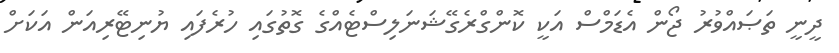
ދީނީ ތަޞައްވުރު ޖޯން އެޑަމްސް އަކީ ކޮންގްރެގޭޝަނަލިސްޓެއްގެ ގޮތުގައި ހުރެފައި ޔުނިޓޭރިއަން އަކަށް